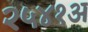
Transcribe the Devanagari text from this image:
२५४१अ